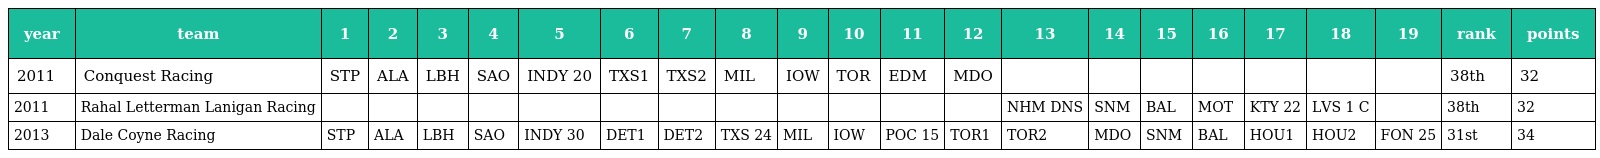
| year | team | 1 | 2 | 3 | 4 | 5 | 6 | 7 | 8 | 9 | 10 | 11 | 12 | 13 | 14 | 15 | 16 | 17 | 18 | 19 | rank | points |
 | --- | --- | --- | --- | --- | --- | --- | --- | --- | --- | --- | --- | --- | --- | --- | --- | --- | --- | --- | --- | --- | --- | --- |
 | 2011 | Conquest Racing | STP | ALA | LBH | SAO | INDY 20 | TXS1 | TXS2 | MIL | IOW | TOR | EDM | MDO |  |  |  |  |  |  |  | 38th | 32 |
 | 2011 | Rahal Letterman Lanigan Racing |  |  |  |  |  |  |  |  |  |  |  |  | NHM DNS | SNM | BAL | MOT | KTY 22 | LVS 1 C |  | 38th | 32 |
 | 2013 | Dale Coyne Racing | STP | ALA | LBH | SAO | INDY 30 | DET1 | DET2 | TXS 24 | MIL | IOW | POC 15 | TOR1 | TOR2 | MDO | SNM | BAL | HOU1 | HOU2 | FON 25 | 31st | 34 |